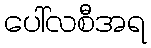
ပေါ်လစီအရ